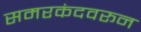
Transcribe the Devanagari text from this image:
समरकंदवरून